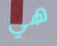
هي